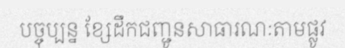
បច្ចុប្បន្ន ខ្សែដឹកជញ្ជូនសាធារណៈតាមផ្លូវ